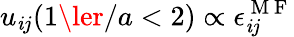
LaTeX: u_{\mathit{i}j}(1\ler/a<2)\propto\epsilon_{\mathit{i}j}^{\mathrm{{~M~F~}}}